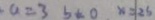
a = 3 b = 0 x = 2 5